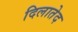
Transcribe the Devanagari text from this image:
दिलातेद